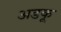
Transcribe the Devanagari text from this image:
अडकू